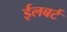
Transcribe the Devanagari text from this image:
ईलबर्ट